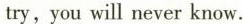
try,you will never know.